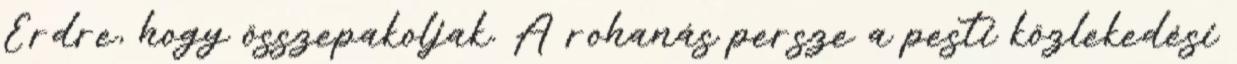
Érdre, hogy összepakoljak. A rohanás persze a pesti közlekedési